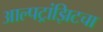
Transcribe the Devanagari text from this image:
आल्पट्रांझिटचा